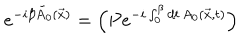
LaTeX: e ^ { - i \beta \tilde { A } _ { 0 } ( \vec { x } ) } = \left( P e ^ { - i \int _ { 0 } ^ { \beta } d t \, A _ { 0 } ( \vec { x } , t ) } \right)